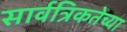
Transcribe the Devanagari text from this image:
सार्वत्रिकतेच्या